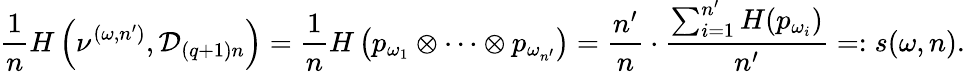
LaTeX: \frac{1}{n}H\left(\nu^{(\omega,n^{\prime})},{\mathcal D}_{(q+1)n}\right)=\frac{1}{n}H\left(p_{\omega_{1}}\otimes\cdots\otimes p_{\omega_{n^{\prime}}}\right)=\frac{n^{\prime}}{n}\cdot\frac{\sum_{i=1}^{n^{\prime}}H(p_{\omega_{i}})}{n^{\prime}}=:s(\omega,n).